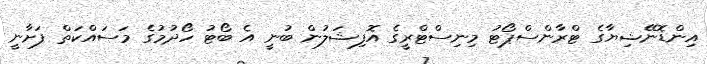
އިންޑޮނޭޝިޔާގެ ޓްރާންސްޕޯޓު މިނިސްޓްރީގެ އޮފިޝަލުން ބުނީ އެ ބޯޓު ހޯދުމުގެ މަސައްކަތް ފަށާނީ